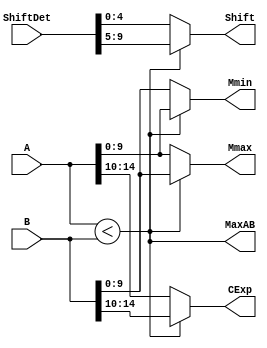
`define SIMULATION_MEMORY
//`define SIMULATION_addfp
`define VECTOR_DEPTH 64 //Q,K,V vector size
`define DATA_WIDTH 16
`define VECTOR_BITS 1024 // 16 bit each (16x64)
`define NUM_WORDS 32   //num of words in the sentence
`define BUF_AWIDTH 4 //16 entries in each buffer ram
`define BUF_LOC_SIZE 4 //4 words in each addr location
`define OUT_RAM_DEPTH 512 //512 entries in output bram
`define EXPONENT 8
`define MANTISSA 7
`define EXPONENT 5
`define MANTISSA 10
`define SIGN 1
`define DWIDTH (`SIGN+`EXPONENT+`MANTISSA)
`define DEFINES_DONE
`define DATAWIDTH (`SIGN+`EXPONENT+`MANTISSA)
`define IEEE_COMPLIANCE 1
`define NUM 4
`define ADDRSIZE 4

module FPAddSub_AlignModule (
		A,
		B,
		ShiftDet,
		CExp,
		MaxAB,
		Shift,
		Mmin,
		Mmax
	);
	
	// Input ports
	input [`DWIDTH-2:0] A ;								// Input A, a 32-bit floating point number
	input [`DWIDTH-2:0] B ;								// Input B, a 32-bit floating point number
	input [2*`EXPONENT-1:0] ShiftDet ;
	
	// Output ports
	output [`EXPONENT-1:0] CExp ;							// Common Exponent
	output MaxAB ;									// Incidates larger of A and B (0/A, 1/B)
	output [`EXPONENT-1:0] Shift ;							// Number of steps to smaller mantissa shift right
	output [`MANTISSA-1:0] Mmin ;							// Smaller mantissa 
	output [`MANTISSA-1:0] Mmax ;							// Larger mantissa
	
	// Internal signals
	//wire BOF ;										// Check for shifting overflow if B is larger
	//wire AOF ;										// Check for shifting overflow if A is larger
	
	assign MaxAB = (A[`DWIDTH-2:0] < B[`DWIDTH-2:0]) ;	
	//assign BOF = ShiftDet[9:5] < 25 ;		// Cannot shift more than 25 bits
	//assign AOF = ShiftDet[4:0] < 25 ;		// Cannot shift more than 25 bits
	
	// Determine final shift value
	//assign Shift = MaxAB ? (BOF ? ShiftDet[9:5] : 5'b11001) : (AOF ? ShiftDet[4:0] : 5'b11001) ;
	
	assign Shift = MaxAB ? ShiftDet[2*`EXPONENT-1:`EXPONENT] : ShiftDet[`EXPONENT-1:0] ;
	
	// Take out smaller mantissa and append shift space
	assign Mmin = MaxAB ? A[`MANTISSA-1:0] : B[`MANTISSA-1:0] ; 
	
	// Take out larger mantissa	
	assign Mmax = MaxAB ? B[`MANTISSA-1:0]: A[`MANTISSA-1:0] ;	
	
	// Common exponent
	assign CExp = (MaxAB ? B[`MANTISSA+`EXPONENT-1:`MANTISSA] : A[`MANTISSA+`EXPONENT-1:`MANTISSA]) ;		
	
endmodule